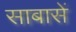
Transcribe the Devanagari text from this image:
साबासें